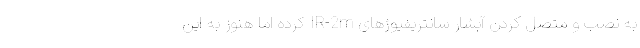
به نصب و متصل کردن آبشار سانتریفیوژهای IR-2m کرده اما هنوز به این